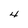
Character: 4